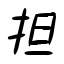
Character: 担